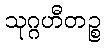
သုဂ္ဂဟီတဉ္စ